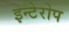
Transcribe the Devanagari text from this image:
इन्टेरोप